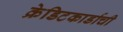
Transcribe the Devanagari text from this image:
क्रेडिटकार्डाची